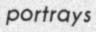
portrays